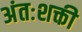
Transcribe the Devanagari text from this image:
अंतःशक्ती